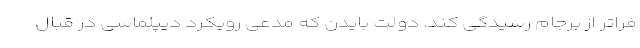
فراتر از برجام رسیدگی کند. دولت بایدن که مدعی رویکرد دیپلماسی در قبال